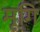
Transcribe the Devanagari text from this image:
मृगि